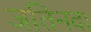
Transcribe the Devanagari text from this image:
जतिनदा